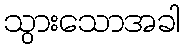
သွားသောအခါ